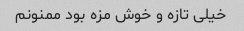
خیلی تازه و خوش مزه بود ممنونم